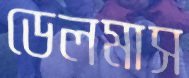
ডেলমাস